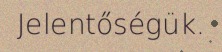
Jelentőségük.